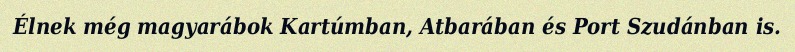
Élnek még magyarábok Kartúmban, Atbarában és Port Szudánban is.